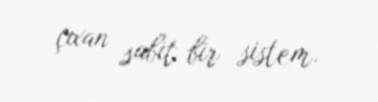
çıxan sabit bir sistem.